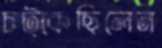
চট্‌কেছিলেন